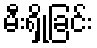
မီးရှို့ခြင်း